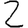
Digit: 2